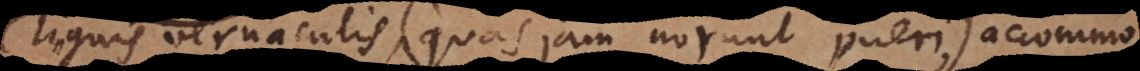
inguis vernaculis (quas jam norunt pueri), accommo